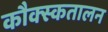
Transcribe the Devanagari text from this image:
कौक्स्कतालन